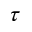
\tau